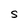
Character: S